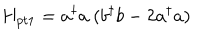
LaTeX: H _ { p t 1 } = a ^ { \dagger } a \ ( b ^ { \dagger } b - 2 a ^ { \dagger } a )